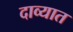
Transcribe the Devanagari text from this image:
दाव्यात